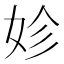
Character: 𡛧